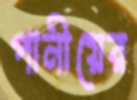
পানীয়ের